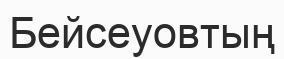
Бейсеуовтың